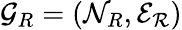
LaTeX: \mathcal{G}_{R}=(\mathcal{N}_{R},\mathcal{E_{R}})